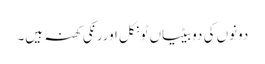
دونوں کی دوبیٹیاں ٹونکل اوررنکی کھنہ ہیں۔